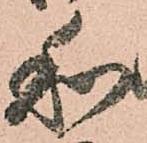
和